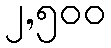
၂,၅၀၀